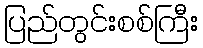
ပြည်တွင်းစစ်ကြီး